Scottish Leaving Certificate Examination, 1959
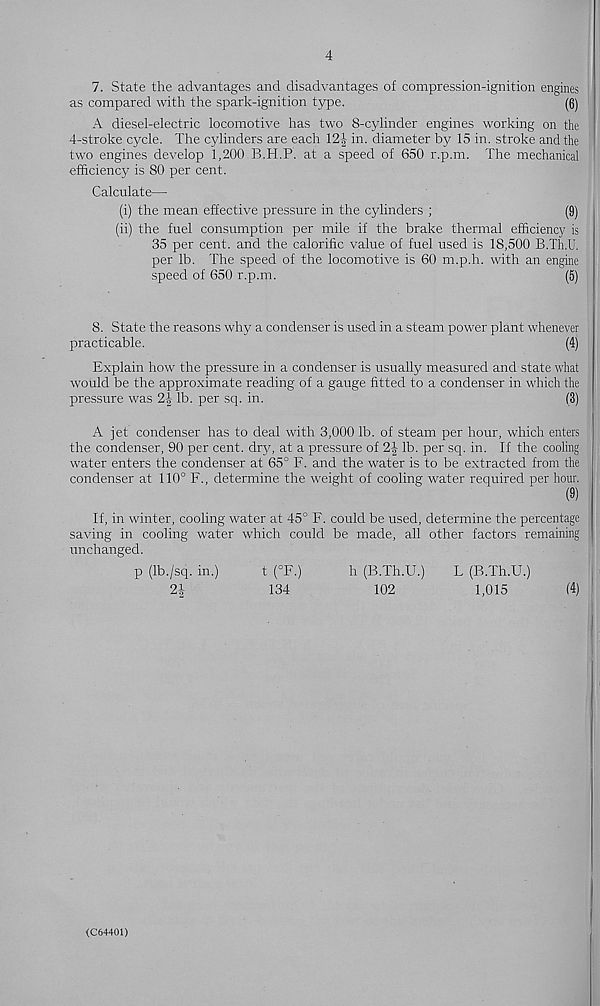
4
7. State the advantages and disadvantages of compression-ignition engines
as compared with the spark-ignition type.
(6)
A diesel-electric locomotive has two 8-cylinder engines working on the
4-stroke cycle. The cylinders are each 12| in. diameter by 15 in. stroke and the
two engines develop 1,200 B.H.P. at a speed of 650 r.p.m. The mechanical
efficiency is 80 per cent.
Calculate—
(i) the mean effective pressure in the cylinders ;
(9)
(ii) the fuel consumption per mile if the brake thermal efficiency is
35 per cent, and the calorific value of fuel used is 18,500 B.Th.U.
per lb. The speed of the locomotive is 60 m.p.h. with an engine
speed of 650 r.p.m.
(5)
8. State the reasons why a condenser is used in a steam power plant whenever
practicable.
(4)
Explain how the pressure in a condenser is usually measured and state what
would be the approximate reading of a gauge fitted to a condenser in which the
pressure was 2| lb. per sq. in.
(3)
A jet condenser has to deal with 3,000 lb. of steam per hour, which enters
the condenser, 90 per cent, dry, at a pressure of 2| lb. per sq. in. If the cooling
water enters the condenser at 65° F. and the water is to be extracted from the
condenser at 110° F., determine the weight of cooling water required per hour.
(9)
If, in winter, cooling water at 45° F. could be used, determine the percentage
saving in cooling water which could be made, all other factors remaining
unchanged.
p (Ib./sq. in.)
t (°F.)
h (B.Th.U.)
L (B.Th.U.)
2i
134
102
1,015
(4)
(C64401)